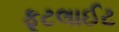
ફૂટલાઈટ